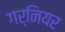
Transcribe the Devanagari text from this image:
गर्नियर